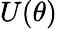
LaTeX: U(\theta)